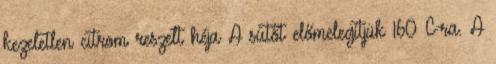
kezeletlen citrom reszelt héja A sütőt előmelegítjük 160°C-ra. A